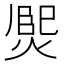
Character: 𤋅